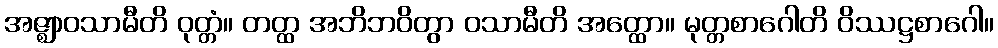
အဇ္ဈာဝသာမီတိ ဝုတ္တံ။ တတ္ထ အဘိဘဝိတွာ ဝသာမီတိ အတ္ထော။ မုတ္တစာဂေါတိ ဝိဿဋ္ဌစာဂေါ။